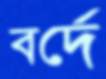
বর্দে